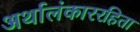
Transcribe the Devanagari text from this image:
अर्थालंकाररहिता